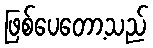
ဖြစ်ပေတော့သည်